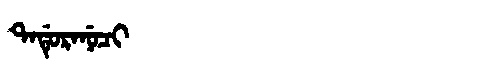
Manchu: ᡨᠠᡩᡠᡵᠠᠨᡠᠴᡳ
Romanization: TADURANUCI